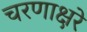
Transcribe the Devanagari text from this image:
चरणाक्षरे